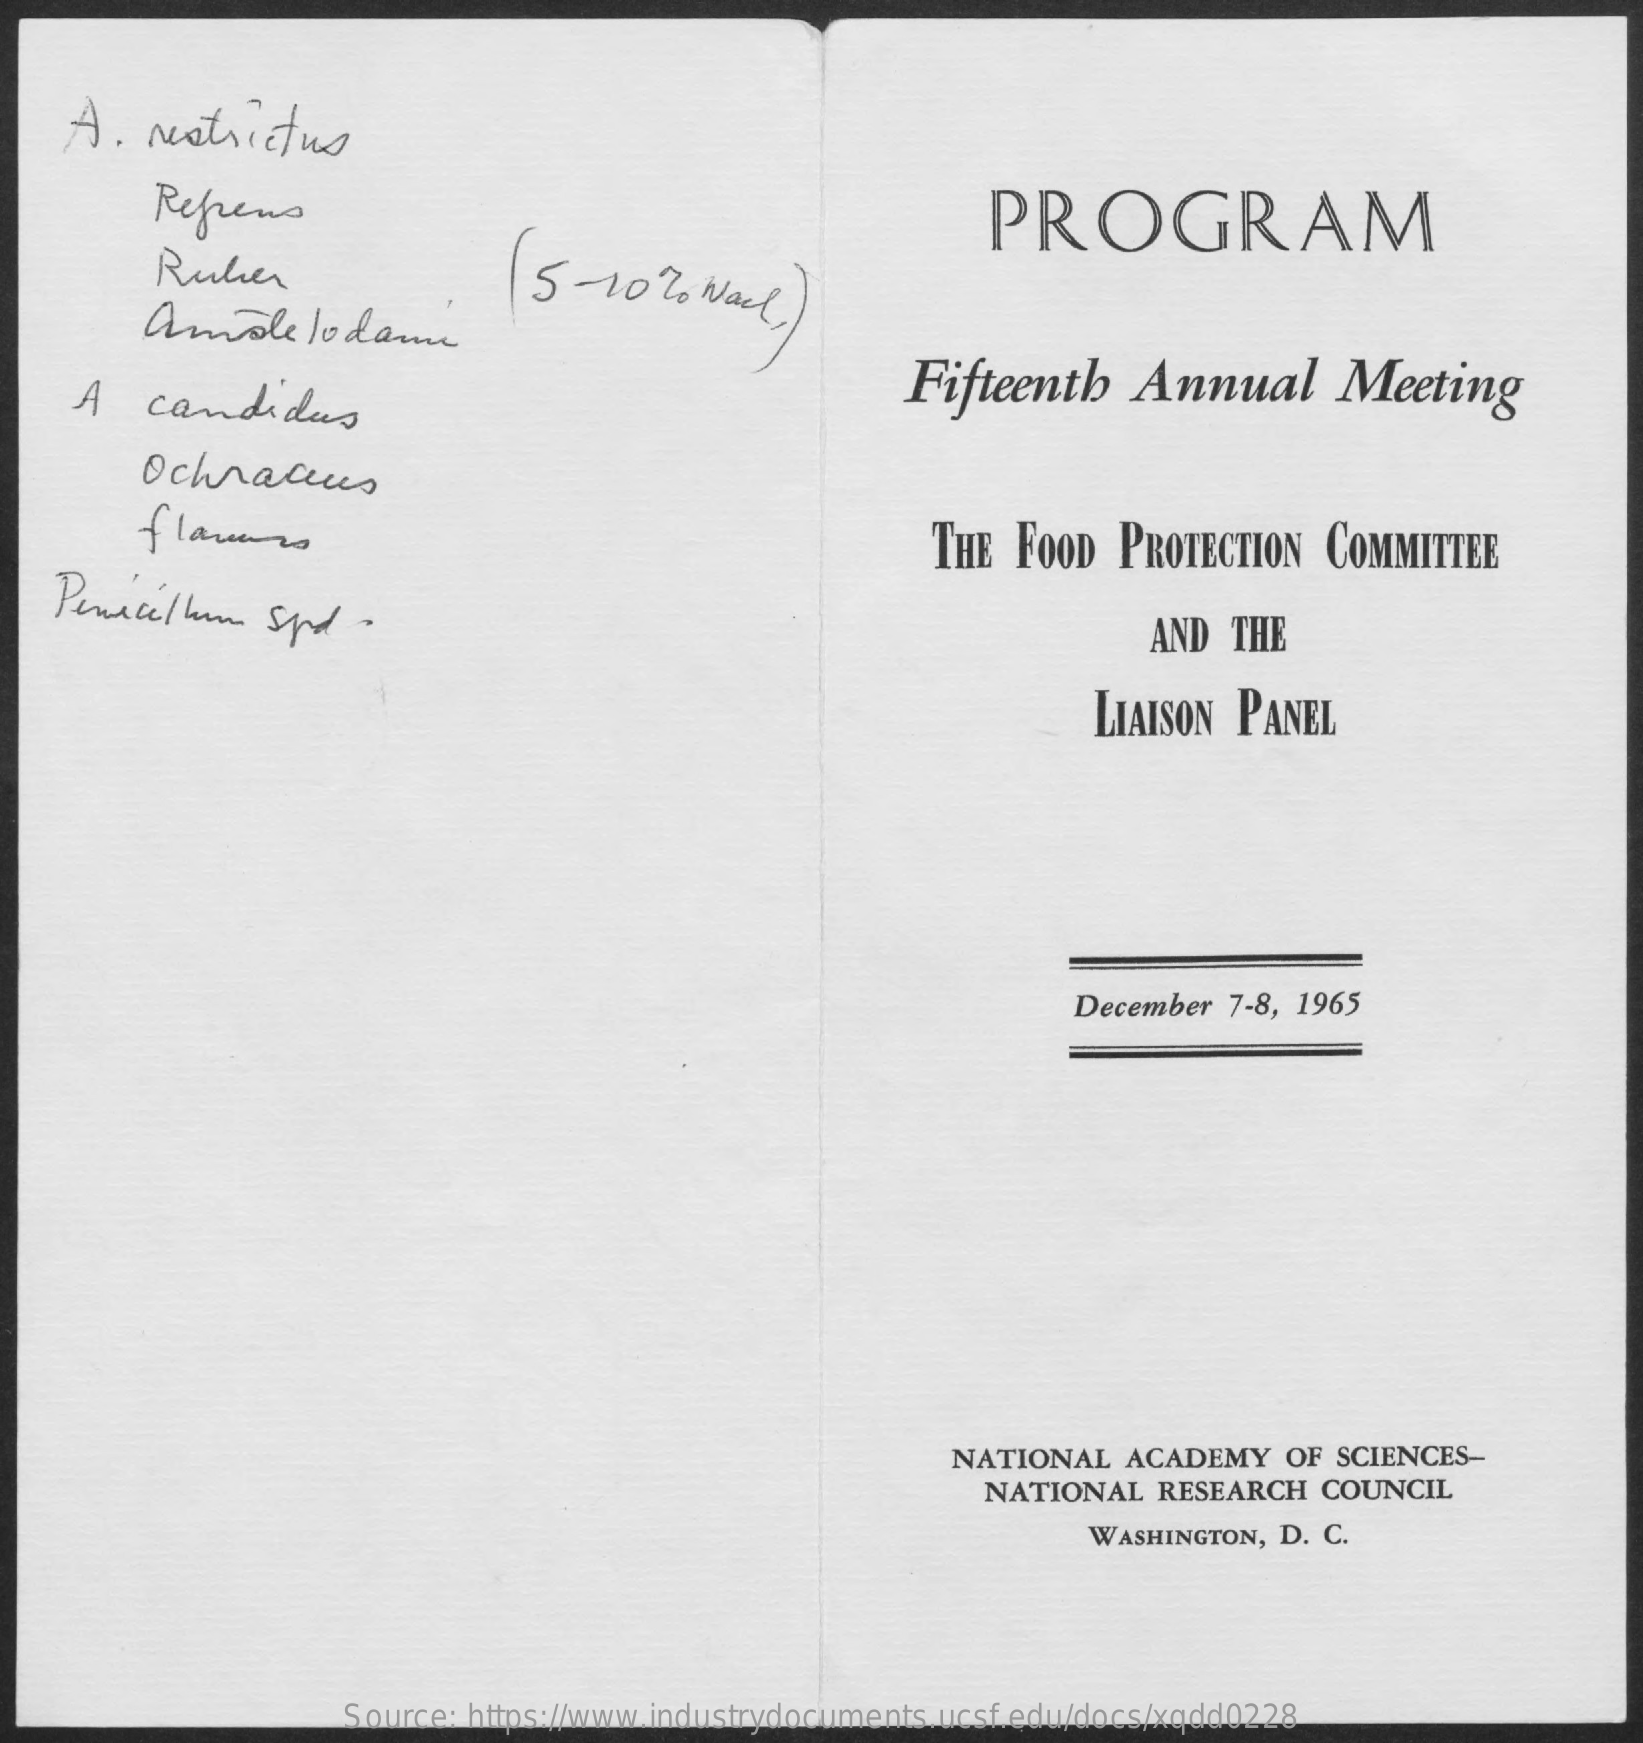
A.   restrictus
     Refrens    PROGRAM
     Ruben    5 - 10  % Nacl  ) amole lodami
     A  candidas    Fifteenth    Annual    Meeting
     Ochraceus
     flavors    THE  FOOD  PROTECTION   COMMITTEE
   Penicillin   spd   .    AND  THE
     LIAISON PANEL
     December 7-8, 1965
     NATIONAL   ACADEMY   OF SCIENCES-
     NATIONAL   RESEARCH  COUNCIL
     WASHINGTON, D. C.
     Source: https://www.industrydocuments.ucsf.edu/docs/xqdd0228